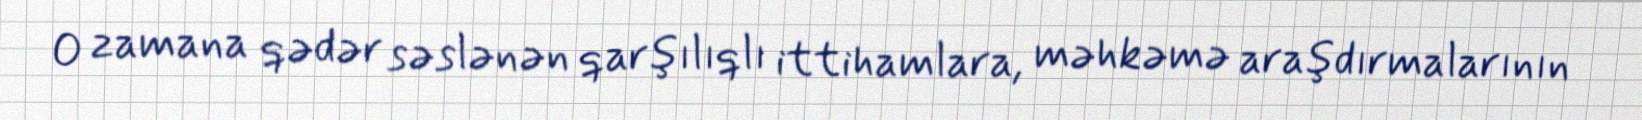
O zamana qədər səslənən qarşılıqlı ittihamlara, məhkəmə araşdırmalarının